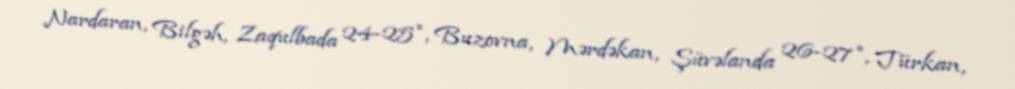
Nardaran, Bilgəh, Zaqulbada 24-25°, Buzovna, Mərdəkan, Şüvəlanda 26-27°, Türkan,